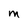
Character: M